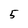
Character: 5